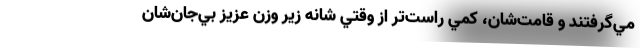
مي‌گرفتند و قامت‌شان، كمي راست‌تر از وقتي شانه زير وزن عزيز بي‌جان‌شان